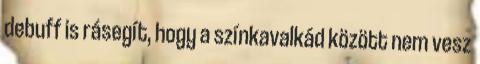
debuff is rásegít, hogy a színkavalkád között nem vesz